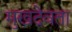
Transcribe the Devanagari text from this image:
मुखदेवता